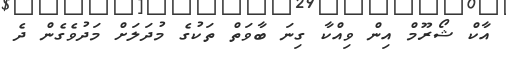
އާކް ޝޯރޫމް އިން ވިއްކާ ގިނަ ބާވަތް ތަކުގެ މުދަލަށް މަދުވެގެން ދެ